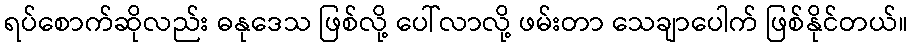
ရပ်စောက်ဆိုလည်း ဓနုဒေသ ဖြစ်လို့ ပေါ်လာလို့ ဖမ်းတာ သေချာပေါက် ဖြစ်နိုင်တယ်။